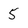
Character: 5